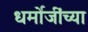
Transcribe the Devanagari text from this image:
धर्मोजींच्या